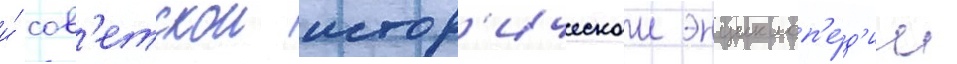
и́ сов'етскои истор'ическои энциклоп'е́д'ии